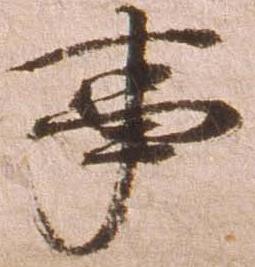
事